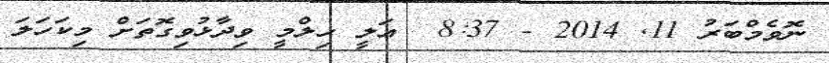
ނޮވެމްބަރު 11